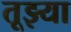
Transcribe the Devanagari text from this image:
तूझ्या